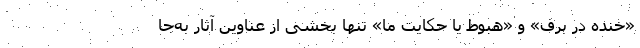
«‌خنده در برف» و «‌هبوط یا حکایت ما» تنها بخشی از عناوین آثار به‌جا